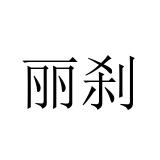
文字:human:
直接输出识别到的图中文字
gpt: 丽刹